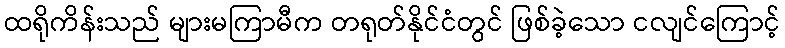
ထရိုကိန်းသည် များမကြာမီက တရုတ်နိုင်ငံတွင် ဖြစ်ခဲ့သော ငလျင်ကြောင့်